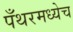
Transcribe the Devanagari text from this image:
पँथरमध्येच